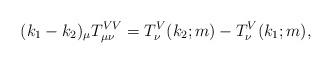
LaTeX: \begin{align*}(k_{1}-k_{2})_{\mu }T_{\mu \nu }^{VV}=T_{\nu }^{V}(k_{2};m)-T_{\nu}^{V}(k_{1};m),\end{align*}